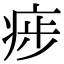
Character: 㾟